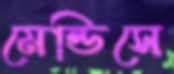
মেন্ডিসে